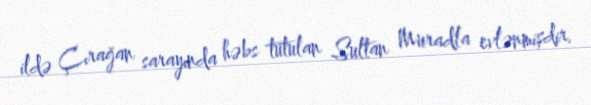
ildə Çırağan sarayında həbs tutulan Sultan Muradla evlənmişdir.